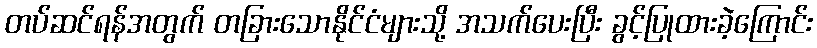
တပ်ဆင်ရန်အတွက် တခြားသောနိုင်ငံများသို့ အသက်ပေးပြီး ခွင့်ပြုထားခဲ့ကြောင်း